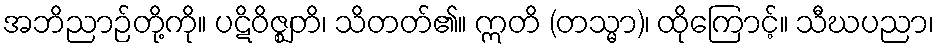
အဘိညာဉ်တို့ကို။ ပဋိဝိဇ္ဈတိ၊ သိတတ်၏။ ဣတိ (တသ္မာ)၊ ထိုကြောင့်။ သီဃပညာ၊